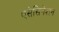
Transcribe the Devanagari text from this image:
एसेसिनेशन